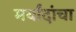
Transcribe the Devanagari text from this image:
मर्यांदांचा